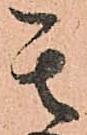
其